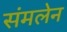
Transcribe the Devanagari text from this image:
संमलेन